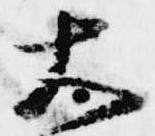
大